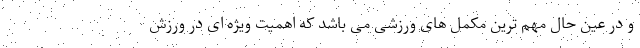
و در عین حال مهم ترین مکمل های ورزشی می باشد که اهمیت ویژه ای در ورزش